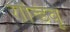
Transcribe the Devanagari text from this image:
रान्डिवू